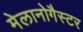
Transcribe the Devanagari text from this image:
मेलानोगैस्टर